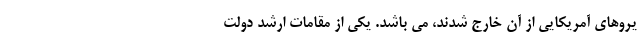
یروهای آمریکایی از آن خارج شدند، می باشد. یکی از مقامات ارشد دولت